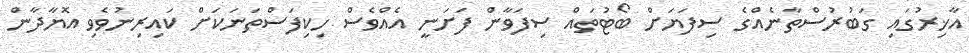
އާޚިރުގައި ގަބުރުސްތާނެއްގެ ސިފަޔަށް ބޯޓުތައް ސިފަވާން ފަށަނީ އެއްވެސް ހިކިފަސްތަނަކަށް ކައިރިނުވެވި އޮޔާދާން